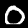
Label: 0